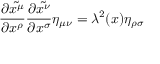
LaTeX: { \frac { \partial { \tilde { x ^ { \mu } } } } { \partial x ^ { \rho } } } { \frac { \partial { \tilde { x ^ { \nu } } } } { \partial x ^ { \sigma } } } \eta _ { \mu \nu } = \lambda ^ { 2 } ( x ) \eta _ { \rho \sigma }